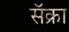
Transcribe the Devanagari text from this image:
सॅक्रा